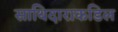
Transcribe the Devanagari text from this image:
साथिदाराकडिल